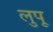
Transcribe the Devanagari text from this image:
लुपू